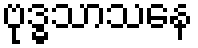
ဗုဒ္ဓသာသနေ